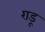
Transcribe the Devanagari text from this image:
राडू